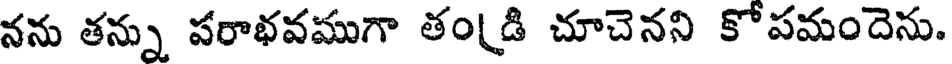
నను తన్ను పరాభవముగా తండి చూచెనని కోపమందెను.